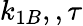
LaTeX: k_{1B},,\tau